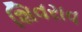
શિવરાવ